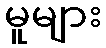
မူများ